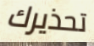
تحذيرك